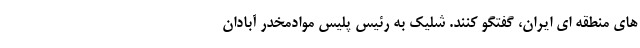
های منطقه ای ایران، گفتگو کنند. شلیک به رئیس پلیس موادمخدر آبادان